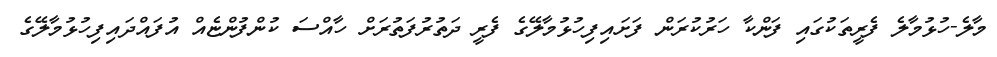
މާލެ-ހުޅުމާލެ ފެރީތަކުގައި ފަންކާ ހަރުކުރަން ފަށައިފިހުޅުމާލޭގެ ފެރީ ދަތުރުފަތުރަށް ހާއްސަ ކުންފުންޏެއް އުފައްދައިފިހުޅުމާލޭގެ